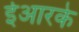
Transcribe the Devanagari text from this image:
ईआरके